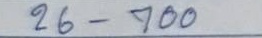
26 - 700